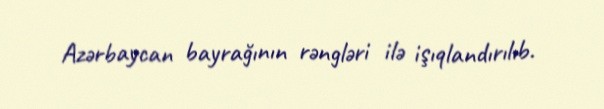
Azərbaycan bayrağının rəngləri ilə işıqlandırılıb.